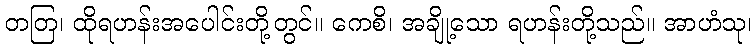
တတြ၊ ထိုရဟန်းအပေါင်းတို့တွင်။ ကေစိ၊ အချို့သော ရဟန်းတို့သည်။ အာဟံသု၊